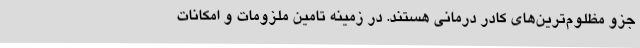
جزو مظلوم‌ترین‌های کادر درمانی هستند. در زمینه تامین ملزومات و امکانات